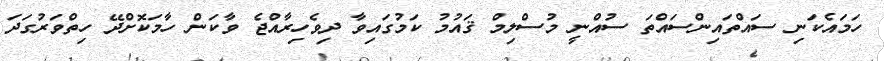
ހަމައެކަނި ސައްތައިންސައްތަ ސުއްނީ މުސްލިމް ޤައުމު ކަމުގައިވާ ދިވެހިރާއްޖެ ވާކަން ހާމަކޮށްދޭ ހިތްވަރުގަދަ